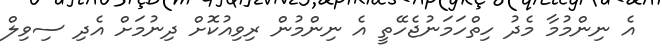
އެ ނިންމުމާ މެދު ހިތްހަމަނުޖެހޭތީ އެ ނިންމުން ރިވިއުކޮށް ދިނުމަށް އެދި ސިވިލް